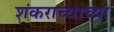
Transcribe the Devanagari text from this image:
शंकराच्याच्या